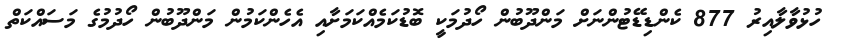
ހުޅުވާލާއިރު 877 ކެންޑިޑޭޓުންނަށް މަންދޫބުން ހޯދުމަކީ ބޮޑުކަމެއްކަމަށާއި އެހެންކަމުން މަންދޫބުން ހޯދުމުގެ މަސައްކަތް